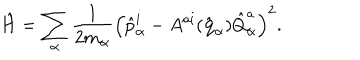
\hat { H } = \sum _ { \alpha } { \frac { 1 } { 2 m _ { \alpha } } } \left( \hat { p } _ { \alpha } ^ { i } - A ^ { a i } ( \hat { \bf q } _ { \alpha } ) \hat { Q } _ { \alpha } ^ { a } \right) ^ { 2 } .